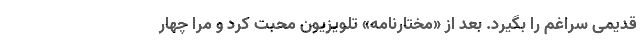
قدیمی سراغم را بگیرد. بعد از «مختارنامه» تلویزیون محبت کرد و مرا چهار